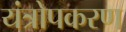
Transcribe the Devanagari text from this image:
यंत्रोपकरण